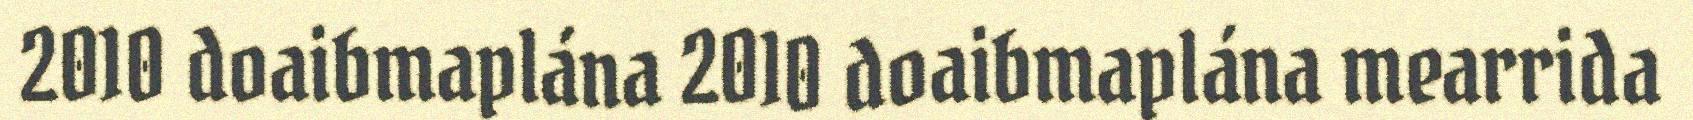
2010 doaibmaplána 2010 doaibmaplána mearrida